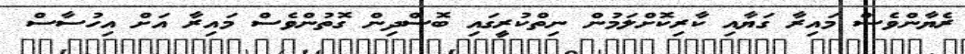
ރެޔާންވެސް މައިރާ ގަޔާއި ކާރިކޮށްލަމުން ނިތްކުރީގައި ބޮސްދިން ގޮތުންވެސް މައިރާ އަށް އިހުސާސް